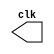
// ------------------------- 
// Exemplo0041  CLOCK
// Nome: Debora Amaral Chaves 
// ------------------------- 

// --------------------------- 
// -- test clock generator (1) 
// --------------------------- 
 
module clock ( clk ); 
 output clk; 
 reg      clk; 
 
 initial 
  begin 
   clk = 1'b0; 
  end 
 
 always 
  begin 
   #12 clk = ~clk; 
  end 
 
endmodule // clock ( ) 
 
module Exemplo0041; 
 
 wire  clk; 
 clock CLK1 ( clk ); 
 
 initial begin 
  $dumpfile ( "G:/PenDrive/PUC/2periodo/AC/Guia06/Exemplo0041.vcd" ); 
  $dumpvars; 
 
  #120 $finish; 
 end 
 
endmodule // Exemplo041 ( )